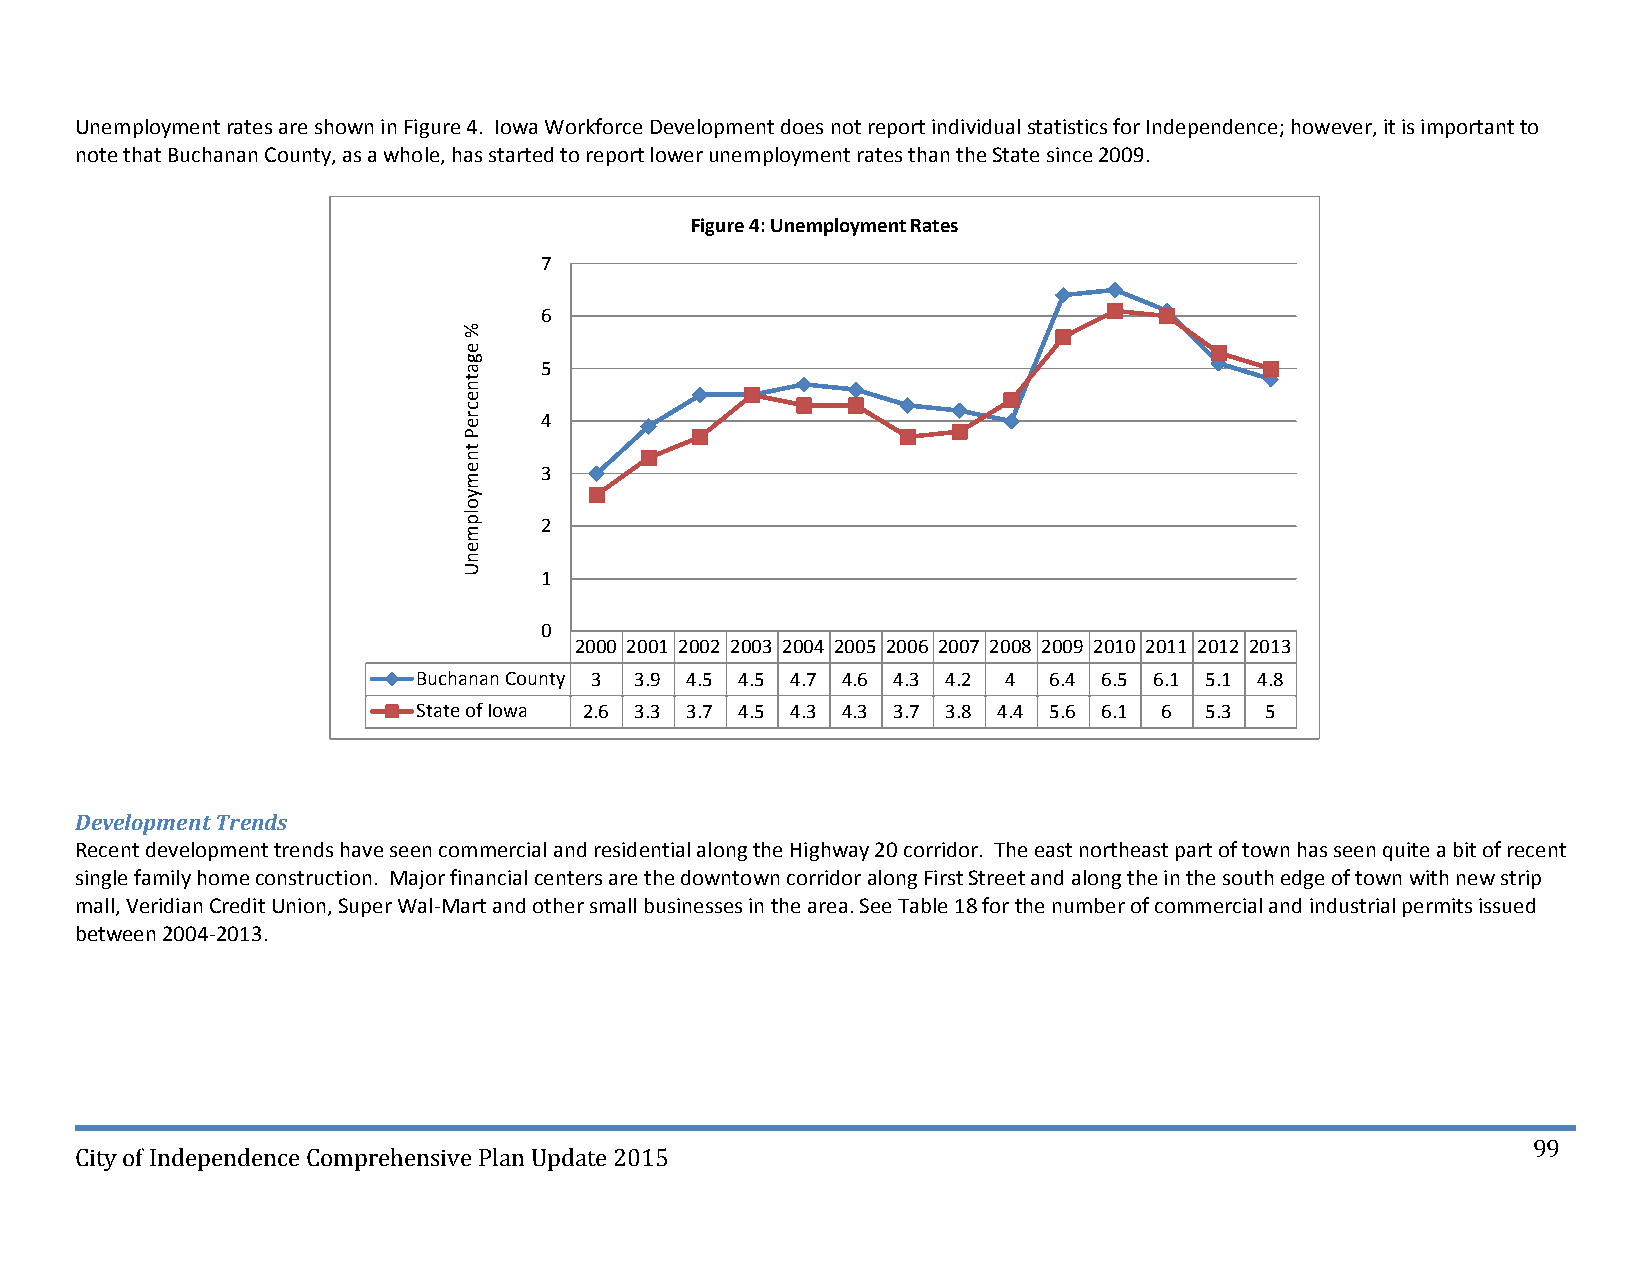
Unemployment rates are shown in Figure 4. Iowa Workforce Development does not report individual statistics for Independence; however, it is important to
 note that Buchanan County, as a whole, has started to report lower unemployment rates than the State since 2009.
 Figure 4: Unemployment Rates
 7
 6
 5
 4
 3
 2
 1
 0
 2000 2001 2002 2003 2004 2005 2006 2007 2008 2009 2010 2011 2012 2013
 Buchanan County 3 3.9 4.5 4.5 4.7 4.6 4.3 4.2 4 6.4 6.5 6.1 5.1 4.8
 State of Iowa 2.6 3.3 3.7 4.5 4.3 4.3 3.7 3.8 4.4 5.6 6.1 6 5.3 5
 Development Trends
 Recent development trends have seen commercial and residential along the Highway 20 corridor. The east northeast part of town has seen quite a bit of recent
 single family home construction. Major financial centers are the downtown corridor along First Street and along the in the south edge of town with new strip
 mall, Veridian Credit Union, Super Wal‐Mart and other small businesses in the area. See Table 18 for the number of commercial and industrial permits issued
 between 2004‐2013.
 99
 City of Independence Comprehensive Plan Update 2015
 %
 egatnecreP
 tnemyolpmenU